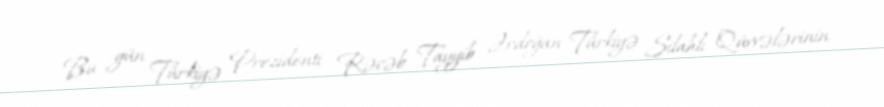
Bu gün Türkiyə Prezidenti Rəcəb Tayyib Ərdoğan Türkiyə Silahlı Qüvvələrinin